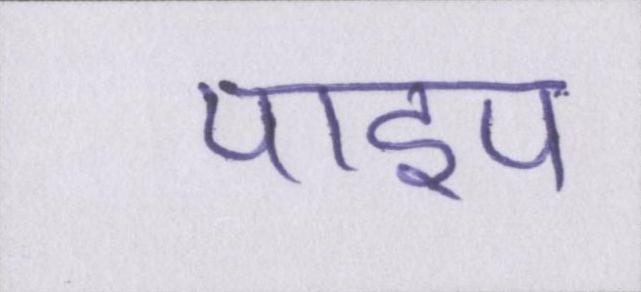
पाइप